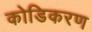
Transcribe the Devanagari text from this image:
कोडिकरण